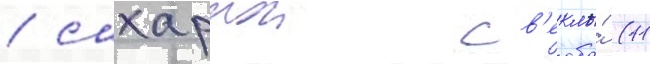
/ сахарнои св'еклы́ (11